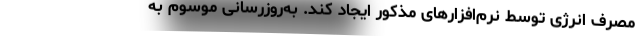
مصرف انرژی توسط نرم‌افزارهای مذکور ایجاد کند. به‌روزرسانی موسوم به